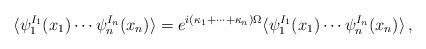
LaTeX: \begin{align*}\langle \psi^{I_{1}}_{1}(x_{1})\cdots\psi^{I_{n}}_{n}(x_{n})\rangle=e^{i(\kappa_{1}+\cdots+\kappa_{n})\Omega}\langle \psi^{I_{1}}_{1}(x_{1})\cdots\psi^{I_{n}}_{n}(x_{n})\rangle\,,\end{align*}